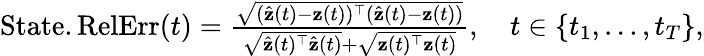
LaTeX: \begin{array}{r}{\mathrm{State.RelErr}(t)=\frac{\sqrt{(\hat{\mathbf{z}}(t)-\mathbf{z}(t))^{\top}(\hat{\mathbf{z}}(t)-\mathbf{z}(t))}}{\sqrt{\hat{\mathbf z}(t)^{\top}\hat{\mathbf z}(t)}+\sqrt{\mathbf z(t)^{\top}\mathbf z(t)}},\quad t\in\{ t_{1},\ldots,t_{T}\} ,}\end{array}